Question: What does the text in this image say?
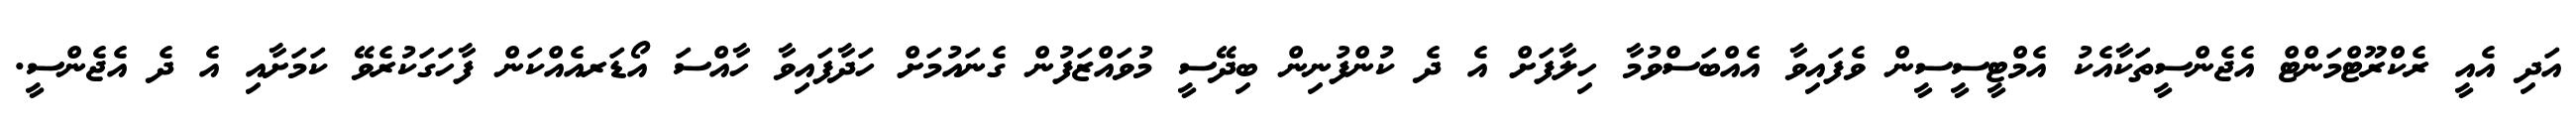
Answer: އަދި އެއީ ރެކްރޫޓްމަންޓް އެޖެންސީތަކާއެކު އެމްޓީސީސީން ވެފައިވާ އެއްބަސްވުމާ ހިލާފަށް އެ ދެ ކުންފުނިން ބިދޭސީ މުވައްޒަފުން ގެނައުމަށް ހަދާފައިވާ ހާއްސަ އޯޑަރއެއްކަން ފާހަގަކުރެވޭ ކަމަށާއި އެ ދެ އެޖެންސީ.